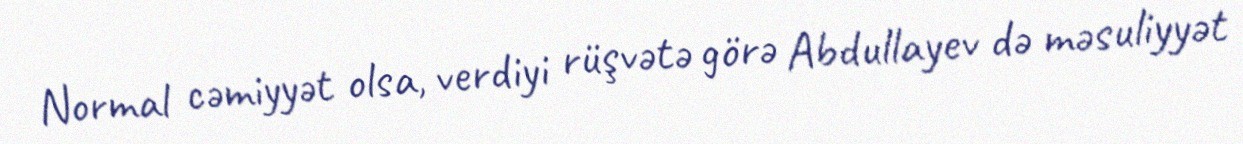
Normal cəmiyyət olsa, verdiyi rüşvətə görə Abdullayev də məsuliyyət